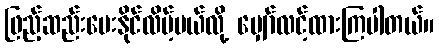
ဖြည့်ဆည်းပေးနိုင်လိမ့်မယ်လို့ မျှော်လင့်ထားကြပါတယ်။